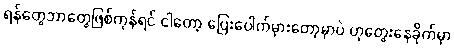
ရန်တွေဘာတွေဖြစ်ကုန်ရင် ငါတော့ ပြေးပေါက်မှားတော့မှာပဲ ဟုတွေးနေခိုက်မှာ